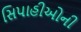
સિપાહીઓની